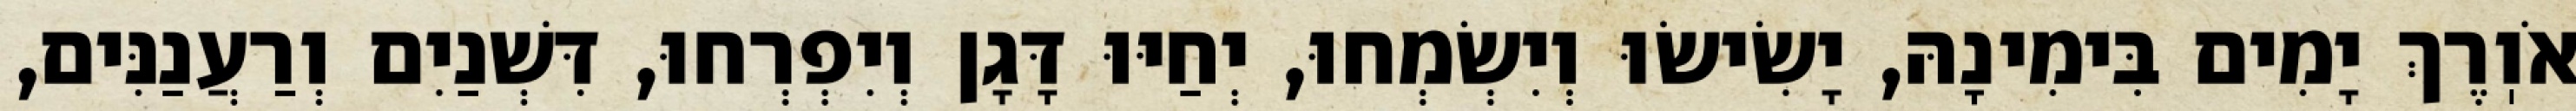
אֹוֽרֶךְ יָמִים בִּימִינָהּ, יָשִׂישׂוּ וְיִשְׂמְחוּ, יְחַיּוּ דָּגָן וְיִפְרְחוּ, דִּשְׁנַיִם וְרַעֲנַנִּים,